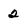
Character: 2